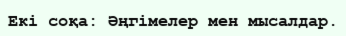
Екі соқа: Әңгімелер мен мысалдар.